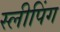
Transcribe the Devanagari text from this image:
स्‍लीपिंग